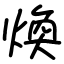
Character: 煥